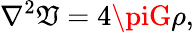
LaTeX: \nabla^{2}\mathfrak{V}=4\piG\rho,